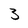
Character: 3